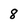
Character: 8